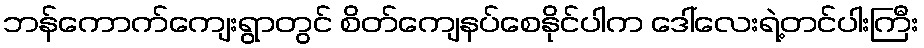
ဘန်ကောက်ကျေးရွာတွင် စိတ်ကျေနပ်စေနိုင်ပါက ဒေါ်လေးရဲ့တင်ပါးကြီး